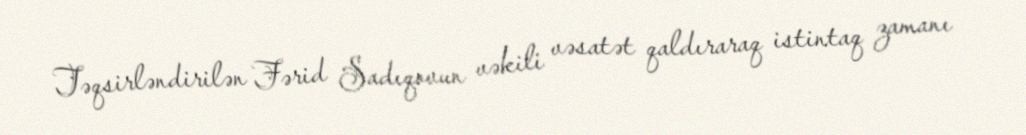
Təqsirləndirilən Fərid Sadıqovun vəkili vəsatət qaldıraraq istintaq zamanı